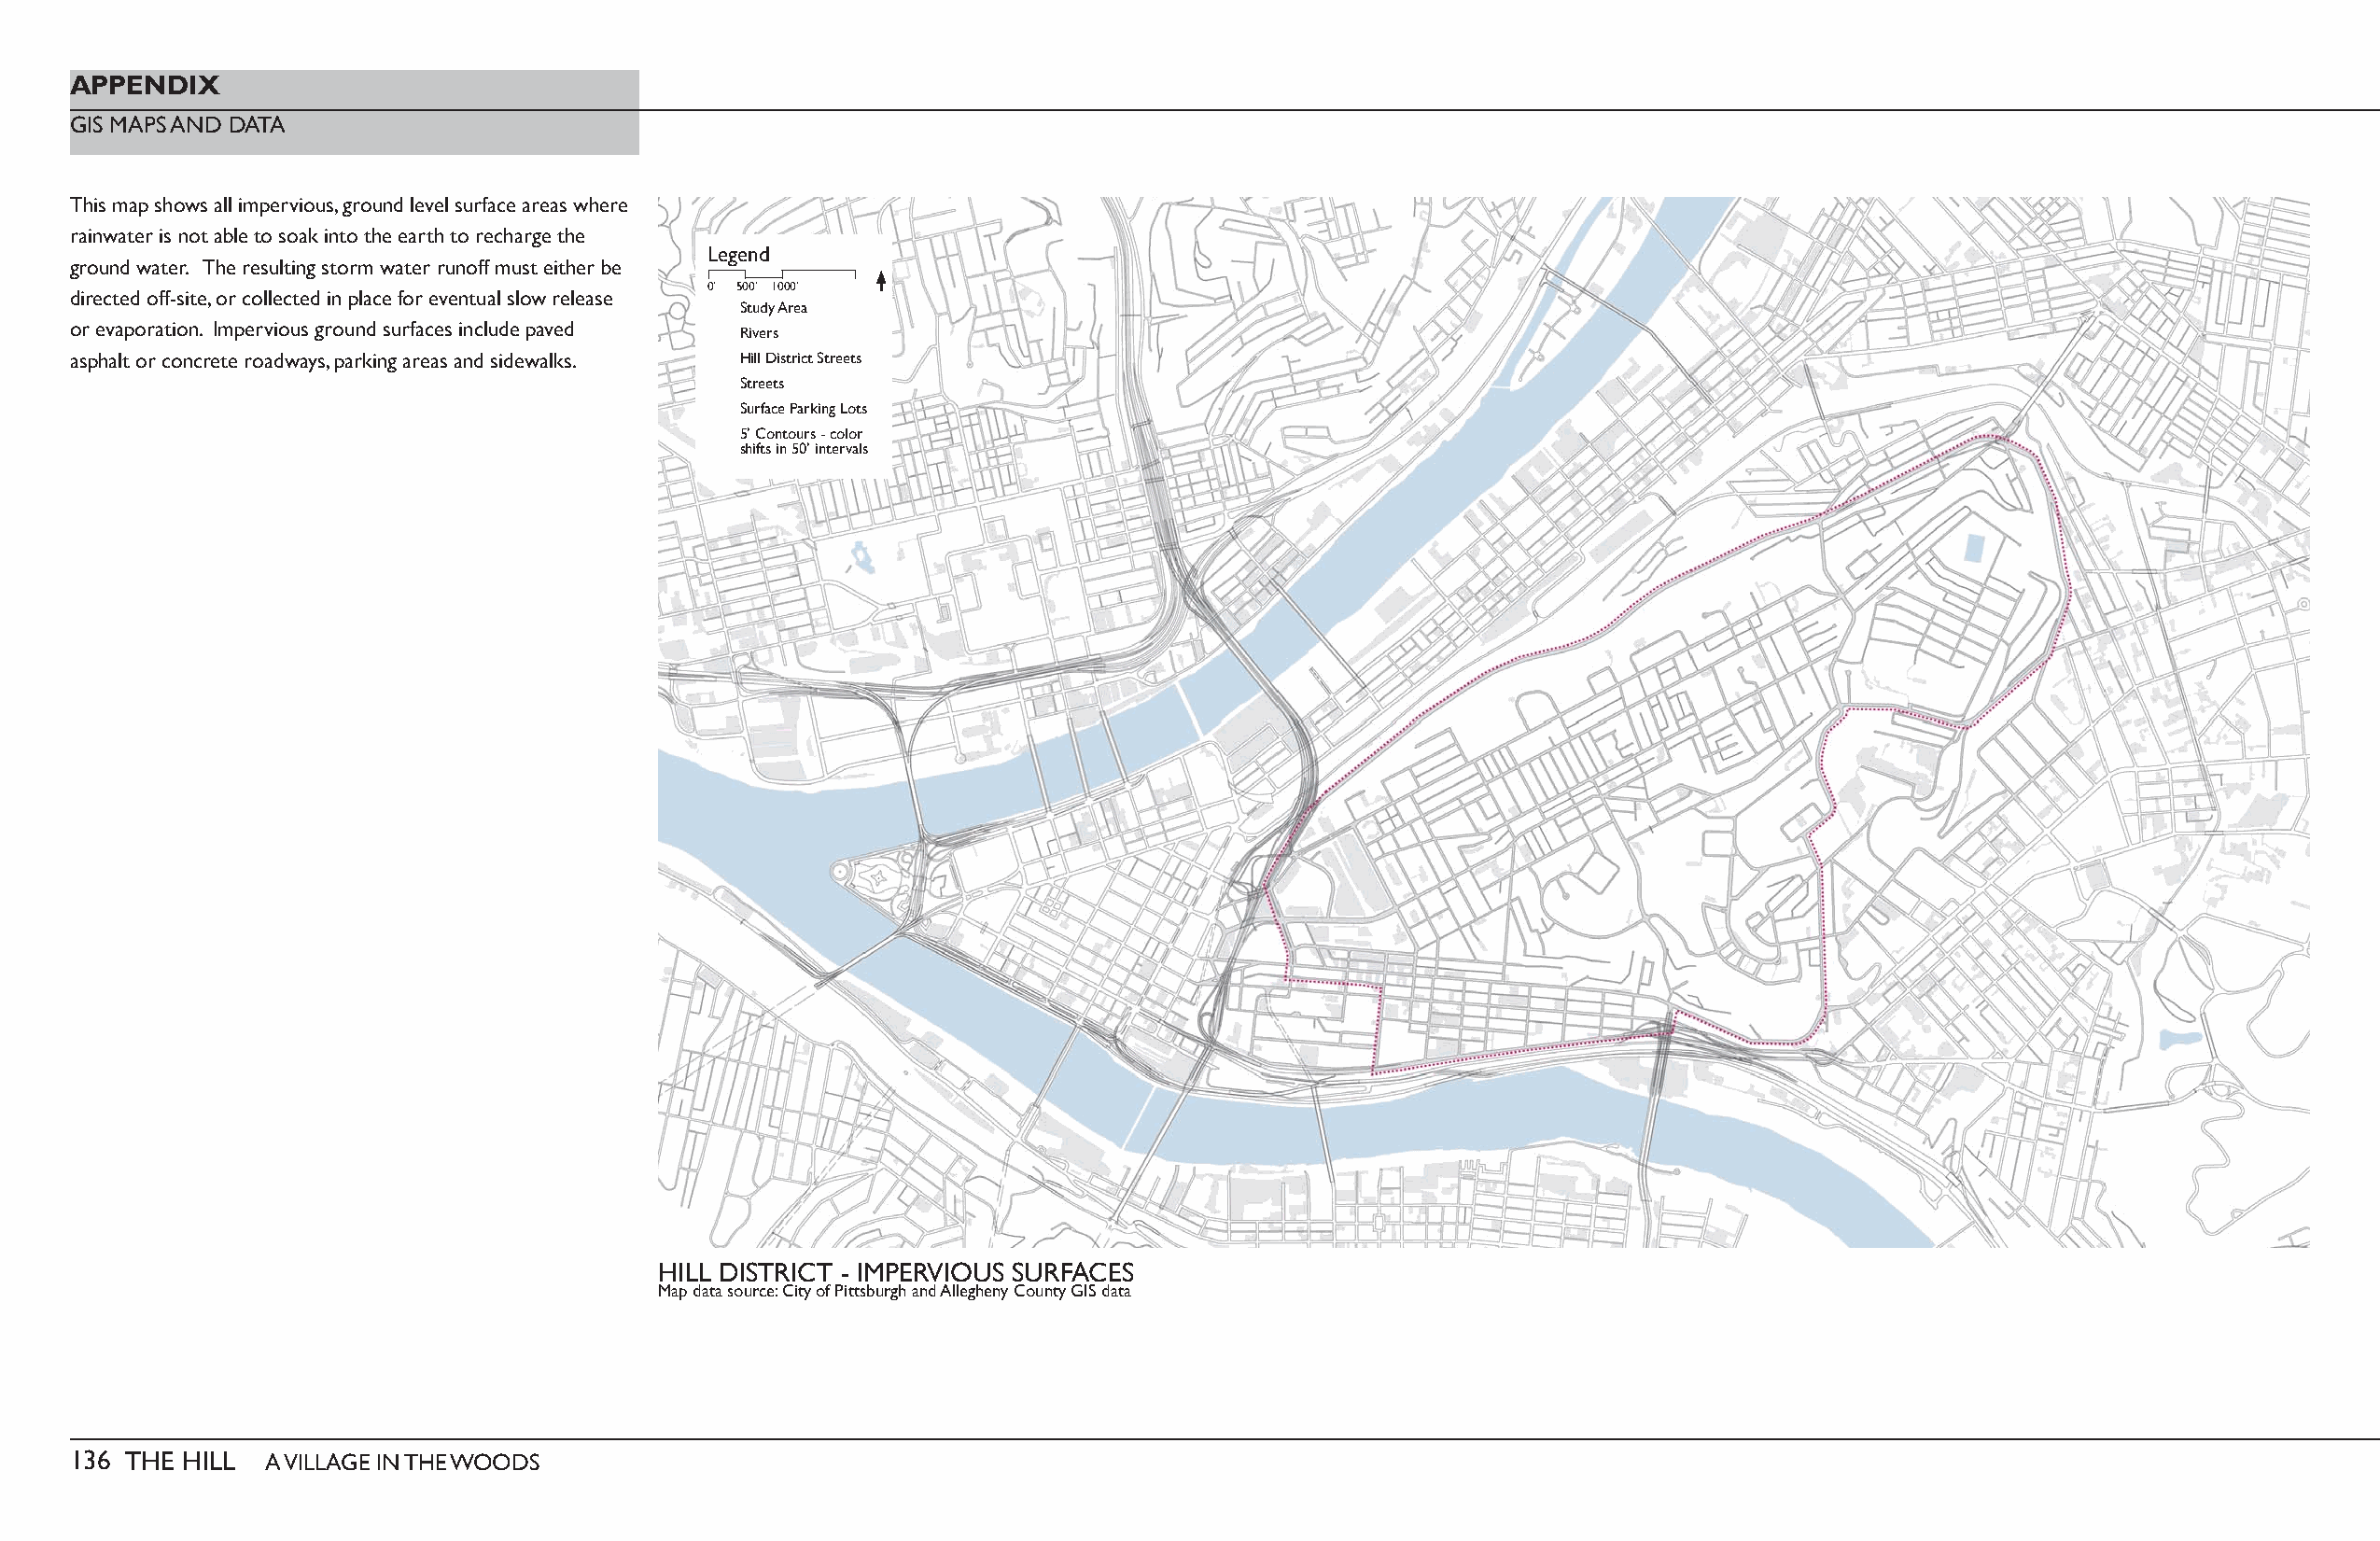
APPENDIX
 GIS MAPS AND DATA
 This map shows all impervious, ground level surface areas where
 rainwater is not able to soak into the earth to recharge the
 Legend
 ground water. The resulting storm water runoff must either be
 0’ 500’ 1000’
 directed off-site, or collected in place for eventual slow release
 Study Area
 or evaporation. Impervious ground surfaces include paved
 Rivers
 asphalt or concrete roadways, parking areas and sidewalks. Hill District Streets
 Streets
 Surface Parking Lots
 5’ Contours - color
 shifts in 50’ intervals
 HILL DISTRICT - IMPERVIOUS SURFACES
 Map data source: City of Pittsburgh and Allegheny County GIS data
 136 THE HILL  A VILLAGE IN THE WOODS